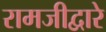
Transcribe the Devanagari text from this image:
रामजीद्वारे